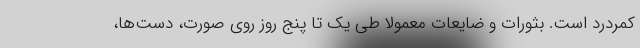
کمردرد است. بثورات و ضایعات معمولا طی یک تا پنج روز روی صورت، دست‌ها،